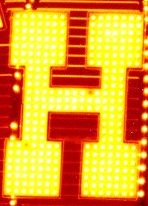
H